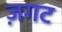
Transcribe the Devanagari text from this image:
ज़गट